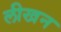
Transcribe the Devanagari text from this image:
लीखन